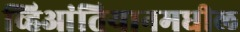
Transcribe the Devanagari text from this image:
व्हिआंतियानमधील